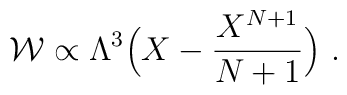
{\cal W}\propto \Lambda ^3 \Big ( X-{X^{N+1}\over{N+1}}\Big )~.